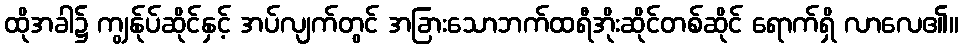
ထိုအခါ၌ ကျွန်ုပ်ဆိုင်နှင့် အပ်လျက်တွင် အခြားသောဘက်ထရီအိုးဆိုင်တစ်ဆိုင် ရောက်ရှိ လာလေ၏။